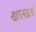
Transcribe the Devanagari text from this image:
श्वासध्रां